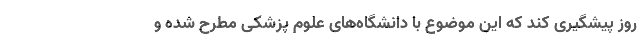
روز پیشگیری کند که این موضوع با دانشگاه‌های علوم پزشکی مطرح شده و